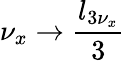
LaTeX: \nu_{x}\rightarrow\frac{l_{3\nu_{x}}}{3}